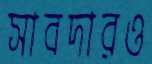
সাবদারও